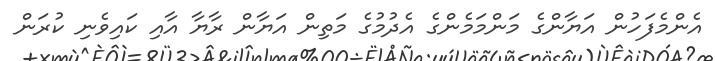
އެންމެފަހުން އަޔާންގެ މަންމަމެންގެ އެދުމުގެ މަތިން އަޔާން ރާޔާ އާއި ކައިވެނި ކުރަން